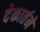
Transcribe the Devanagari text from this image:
देकार्तने